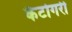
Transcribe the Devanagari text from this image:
कैटोगरी